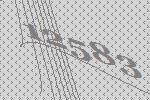
12583